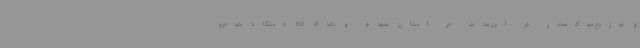
و توزیع موادمخدر در این مدت در استان منهدم و تعداد 69 دستگاه خودرو